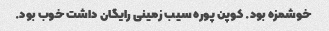
خوشمزه بود. کوپن پوره سیب زمینی رایگان داشت خوب بود.